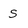
Character: S